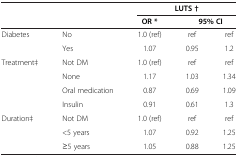
| <COLSPAN=2>  | <COLSPAN=3> LUTS † |
 |  |  | OR * | <COLSPAN=2> 95% CI |
 | --- | --- | --- | --- | --- |
 | Diabetes | No | 1.0 (ref) | ref | ref |
 |  | Yes | 1.07 | 0.95 | 1.2 |
 | Treatment‡ | Not DM | 1.0 (ref) | ref | ref |
 |  | None | 1.17 | 1.03 | 1.34 |
 |  | Oral medication | 0.87 | 0.69 | 1.09 |
 |  | Insulin | 0.91 | 0.61 | 1.3 |
 | Duration‡ | Not DM | 1.0 (ref) | ref | ref |
 |  | <5 years | 1.07 | 0.92 | 1.25 |
 |  | ≥5 years | 1.05 | 0.88 | 1.25 |